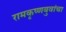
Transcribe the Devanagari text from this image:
रामकृष्णबुवांचा